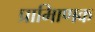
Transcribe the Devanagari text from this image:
प्रामािणक